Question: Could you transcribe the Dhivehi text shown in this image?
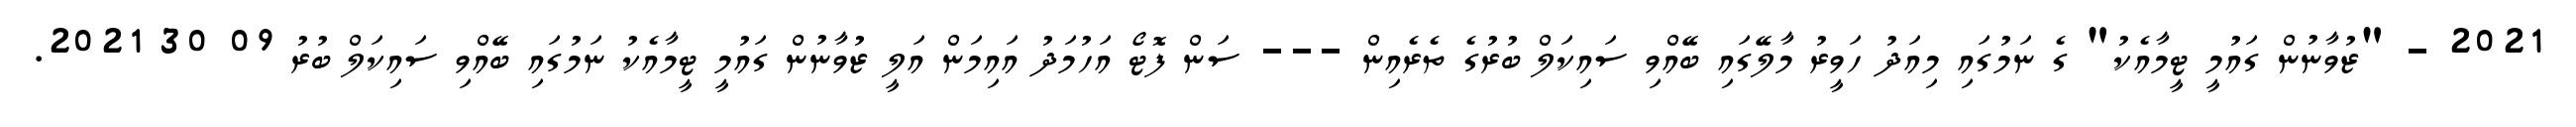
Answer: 2021 - "ޒުވާނުން ގައުމީ ޓީމާއެކު" ގެ ނަމުގައި މިއަދު ހަވީރު މާލޭގައި ބޭއްވި ސައިކަލް ބުރުގެ ތެރެއިން --- ސަން ފޮޓޯ އަހުމަދު އައިމަން އަލީ ޒުވާނުން ގައުމީ ޓީމާއެކު ނަމުގައި ބޭއްވި ސައިކަލް ބުރު 09 30 2021.